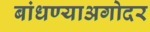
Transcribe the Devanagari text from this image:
बांधण्याअगोदर